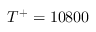
T ^ { + } = 1 0 8 0 0